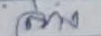
ล่าง